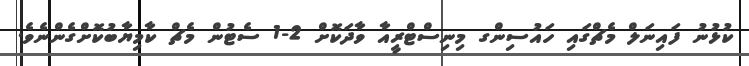
ކުޅުނު ފައިނަލް މެޗްގައި ހައުސިންގ މިނިސްޓްރީއާ ވާދަކޮށް 2-1 ސެޓުން މެޗް ކާމިޔާބުކޮށްގެންނެވެ.